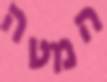
המטה